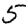
Digit: 5